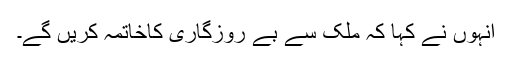
انہوں نے کہا کہ ملک سے بے روزگاری کاخاتمہ کریں گے۔